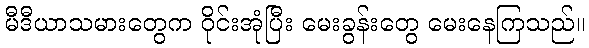
မီဒီယာသမားတွေက ဝိုင်းအုံပြီး မေးခွန်းတွေ မေးနေကြသည်။